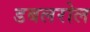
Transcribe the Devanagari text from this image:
डबलरोल